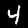
Digit: 4